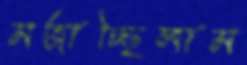
মজাচ্ছিলাম